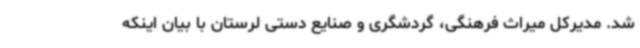
شد. مدیرکل میراث فرهنگی، گردشگری و صنایع دستی لرستان با بیان اینکه